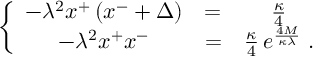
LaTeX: \left\{ \begin{array} { c c c } { { - \lambda ^ { 2 } x ^ { + } \left( x ^ { - } + \Delta \right) } } & { { = } } & { { { \frac { \kappa } { 4 } } } } \\ { { - \lambda ^ { 2 } x ^ { + } x ^ { - } } } & { { = } } & { { { \frac { \kappa } { 4 } } \, e ^ { \frac { 4 M } { \kappa \lambda } } \; . } } \end{array} \right.